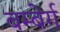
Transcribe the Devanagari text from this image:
बम्बेर्ग